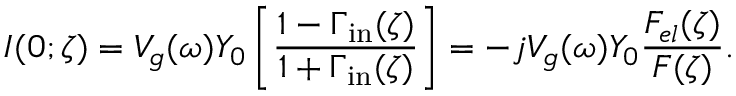
I ( 0 ; \zeta ) = V _ { g } ( \omega ) Y _ { 0 } \left[ \frac { 1 - \Gamma _ { \mathrm { i n } } ( \zeta ) } { 1 + \Gamma _ { \mathrm { i n } } ( \zeta ) } \right] = - j V _ { g } ( \omega ) Y _ { 0 } \frac { F _ { e l } ( \zeta ) } { F ( \zeta ) } .